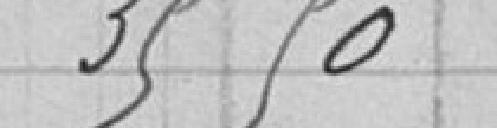
35 50